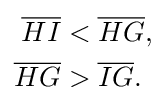
{\begin{aligned}{\overline {HI}}&<{\overline {HG}},\\{\overline {HG}}&>{\overline {IG}}.\end{aligned}}